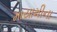
માયામીના